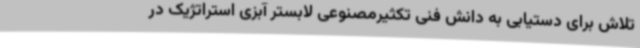
تلاش برای دستیابی به دانش فنی تکثیرمصنوعی لابستر آبزی استراتژیک در